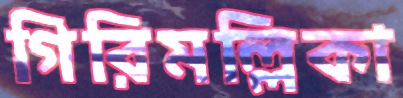
গিরিমল্লিকা